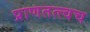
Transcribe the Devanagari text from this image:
प्राणतत्त्वच